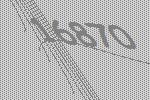
16870